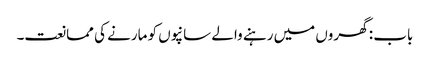
باب : گھروں میں رہنے والے سانپوں کو مارنے کی ممانعت۔